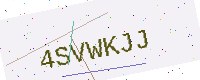
Text: 4SVWKJJ